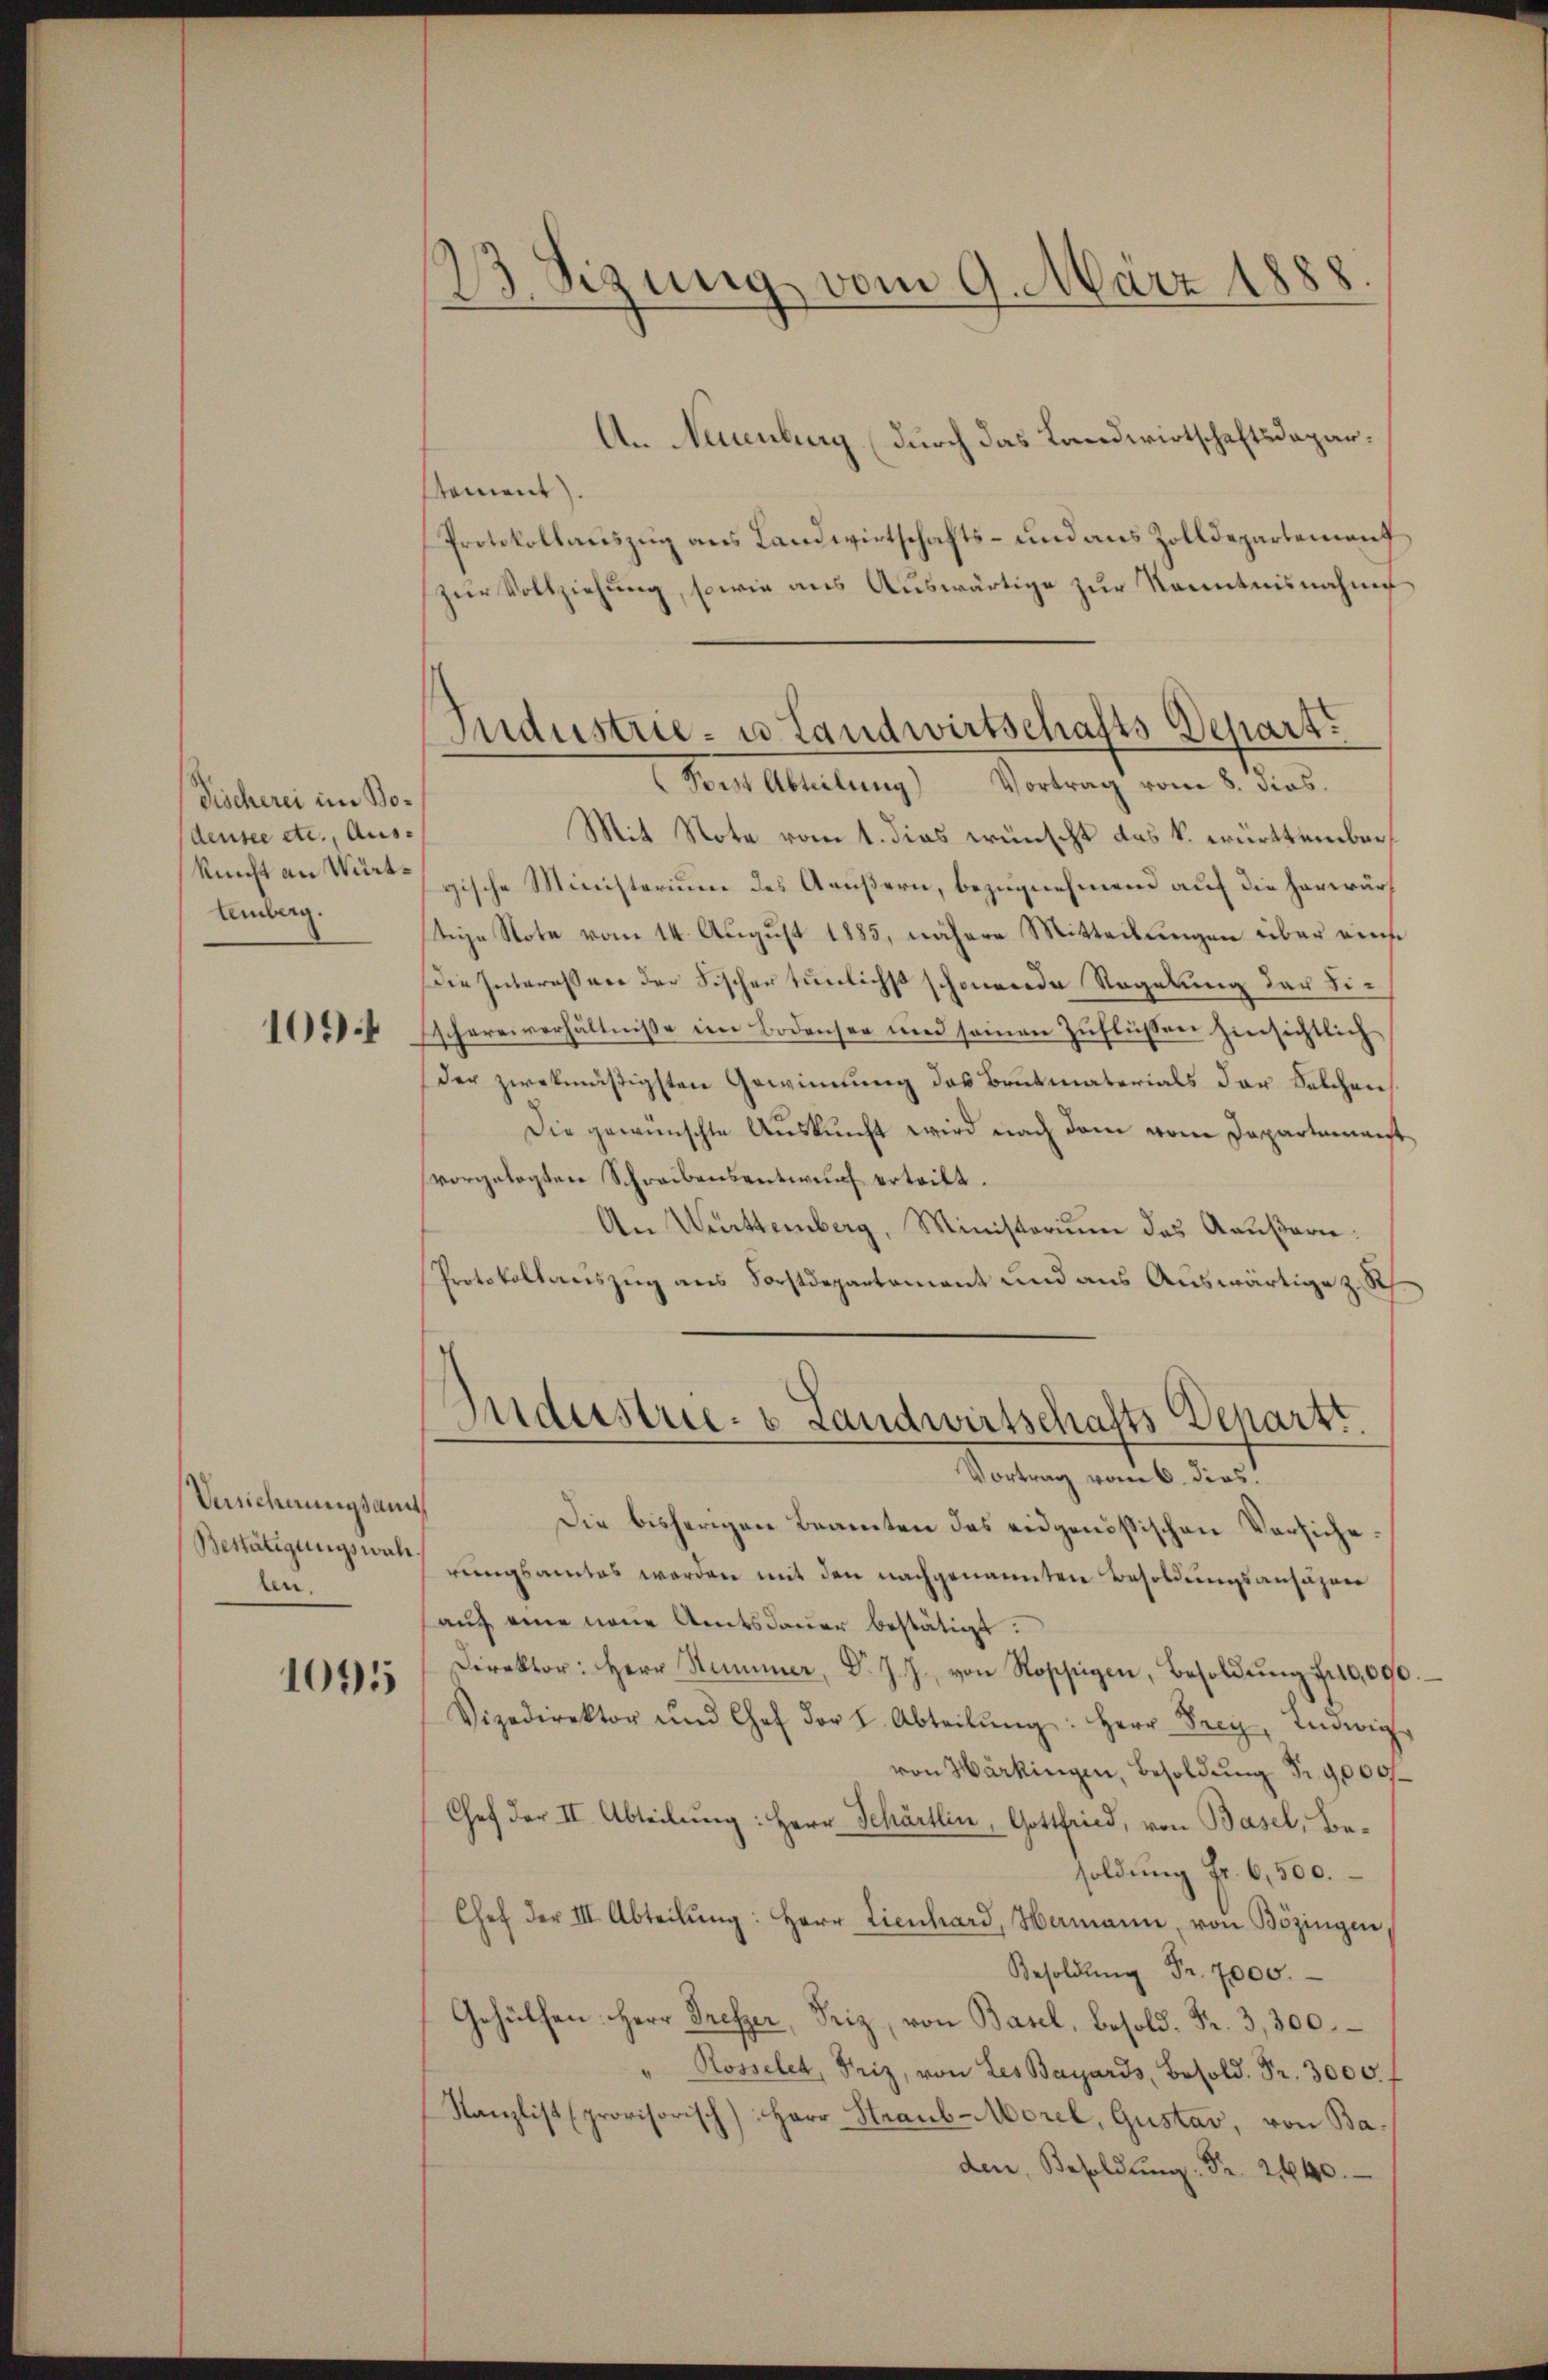
Tischerei im Bodensee etc., Auskunft an Württemberg.
1094

Versicherungsamt
len.

1095

3 Sizung vom 9. März 1888.
d

An Neuenburg (durch das Landwirtschaftsdepar¬
Nament.
Protokollauszug aus Landwirtschafts- und aus Zolldepartenauf
zur Vollziehung, sowie aus Auswärtige zur Kenntnisnahme
Mit Note vom 1. dies wünscht das k. württember,
gische Ministerium des Aeußern, bezugnehmend auf die herwärtiie Note vom 14. August 1885, nähere Mitteilungen über einse
Die Interessen der Fischer tunlichst schönende Regelung der Sischereiverhältnisse im Bodensee und seinen Zuflüssen hinsichtlich
Der zwekmäßigsten Gewinnung des Brutmaterials der Solchen
Die gewünschte Auskunft wird nach dem vom Departieranst
vorgelegten Schreibensentwurf erteilt.
An Württemberg, Ministorium das Aeußern
Protokollauszug aus Forstdepartement und aus Auswärtige z. R.
Industrie- & Landwirtschafts-Departt.
Vortrag vom 6. dies
Die bisherigen Beamten des eidgenössischen Versiche¬
Bestätigungsrathungsamtes worden mit den nachgenannten Besoldungsansähen
auf eine neue Amtsdauer bestätigt:
Direktor: Herr Stummer, Dr. J. J. von Roszügen, Besoldŭng 70,000.
Vizedirektor und Chef der I. Abteilŭng: Herr Frey, Indwig
von Härkingen, Besoldung Fr. 9000f
Chef der II. Abteilŭng: Herr Schärtlin, Gottfried, von Basel, Besoldung Fr. 6,500.
Chef der III. Abteilŭng: Herr Lienhard, Hermann, von Bözingen,
Besoldŭng Fr. 7000.
Gehülfen. Herr Prefer, Friz, von Basel, besold. Fr. 3,300.
Rosselet, Friz, von Les Bayards, Besold. Fr. 3000.
Kanzlist (provisorisch) Herr Straub-Morel, Gustav, von Baden, Besoldŭng: Fr. 240.

Industrie- u. Landwirtschafts-Depart.
Poist Abteilung Vortrag vom 8. dies.